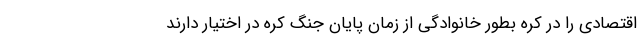
اقتصادی را در کره بطور خانوادگی از زمان پایان جنگ کره در اختیار دارند